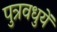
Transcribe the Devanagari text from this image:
पुत्रवधुयें